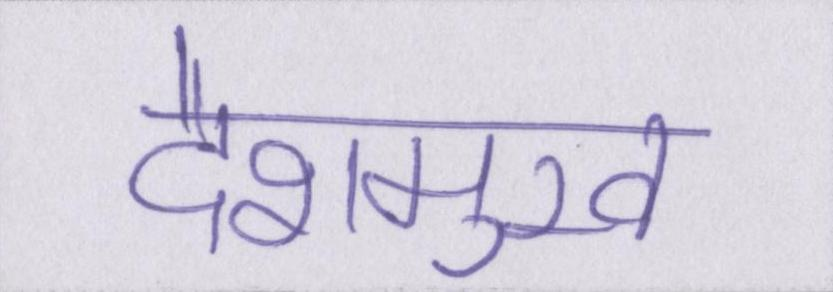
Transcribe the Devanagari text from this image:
देशमुख